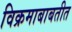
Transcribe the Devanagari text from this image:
विक्रमाबाबतीत